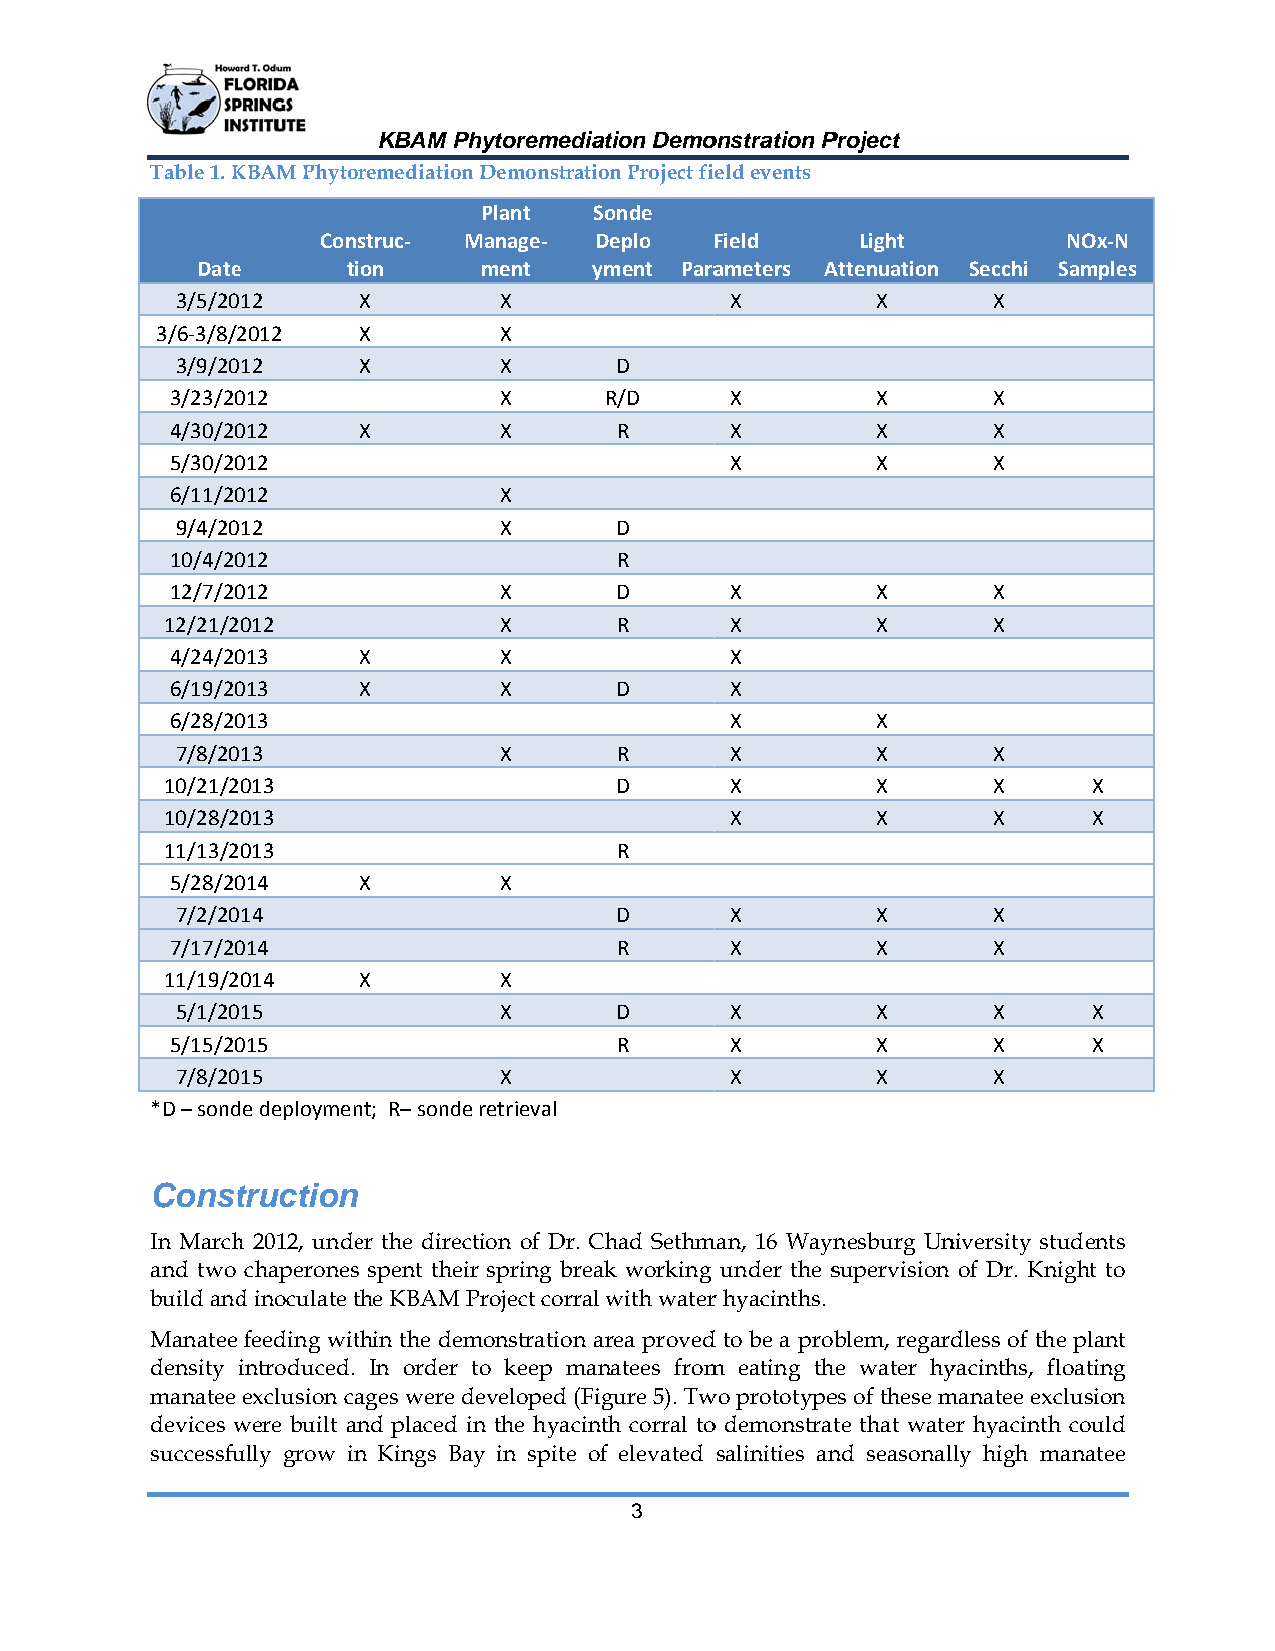
KBAM Phhytoremediaation Demoonstration PProject
 Table 1. KKBAM Phytooremediation Demonstratiion Project fieeld events
 Plant  SSonde
 Construc‐ MManage‐ Deplo  FField    Light         NNOx‐N
 Datee     tiion    ment   yyment Paraameters AAttenuation Secchi Saamples
 3/5/20012   X        X              X         X       X
 3/6‐3/8/22012 X        X
 3/9/20012   X        X       D
 3/23/20012            X      R/D     X         X       X
 4/30/20012   X        X       R      X         X       X
 5/30/20012                           X         X       X
 6/11/20012            X
 9/4/20012            X       D
 10/4/20012                    R
 12/7/20012            X       D      X         X       X
 12/21/22012           X       R      X         X       X
 4/24/20013   X        X              X
 6/19/20013   X        X       D      X
 6/28/20013                           X         X
 7/8/20013            X       R      X         X       X
 10/21/22013                   D      X         X       X     X
 10/28/22013                          X         X       X     X
 11/13/22013                   R
 5/28/20014   X        X
 7/2/20014                    D      X         X       X
 7/17/20014                    R      X         X       X
 11/19/22014  X        X
 5/1/20015            X       D      X         X       X     X
 5/15/20015                    R      X         X       X     X
 7/8/20015            X              X         X       X
 *D – sondde deploymennt; R– sonde retrieval
 Consttruction
 In Marchh 2012, undeer the directtion of Dr. CChad Sethmman, 16 Waynnesburg Unniversity studdents
 and two chaperoness spent theirr spring breaak working under the ssupervision of Dr. Knigght to
 build andd inoculate tthe KBAM PProject corrall with waterr hyacinths.
 Manatee feeding witthin the demmonstration aarea provedd to be a probblem, regarddless of the plant
 density introduced. In order tto keep maanatees fromm eating thhe water hyyacinths, flooating
 manatee exclusion caages were deeveloped (Fiigure 5). Twwo prototypees of these mmanatee excluusion
 devices wwere built annd placed inn the hyacinnth corral too demonstratte that wateer hyacinth ccould
 successfuully grow inn Kings Bayy in spite oof elevated salinities annd seasonallly high mannatee
 3